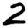
Digit: 2